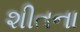
શીતના